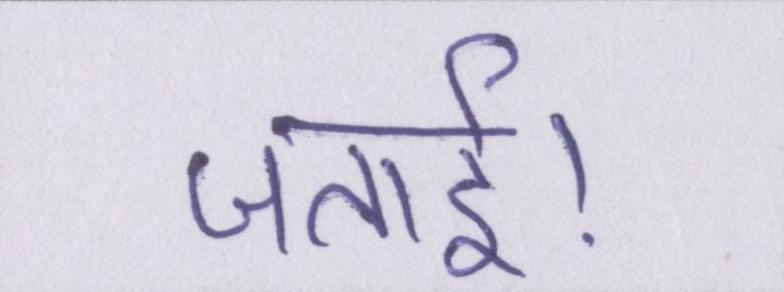
जताई।